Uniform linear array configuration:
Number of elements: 16
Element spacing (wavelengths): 0.5
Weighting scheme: uniform
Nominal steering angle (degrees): -60
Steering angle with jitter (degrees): -58.419
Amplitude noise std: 0.05
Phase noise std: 0.05

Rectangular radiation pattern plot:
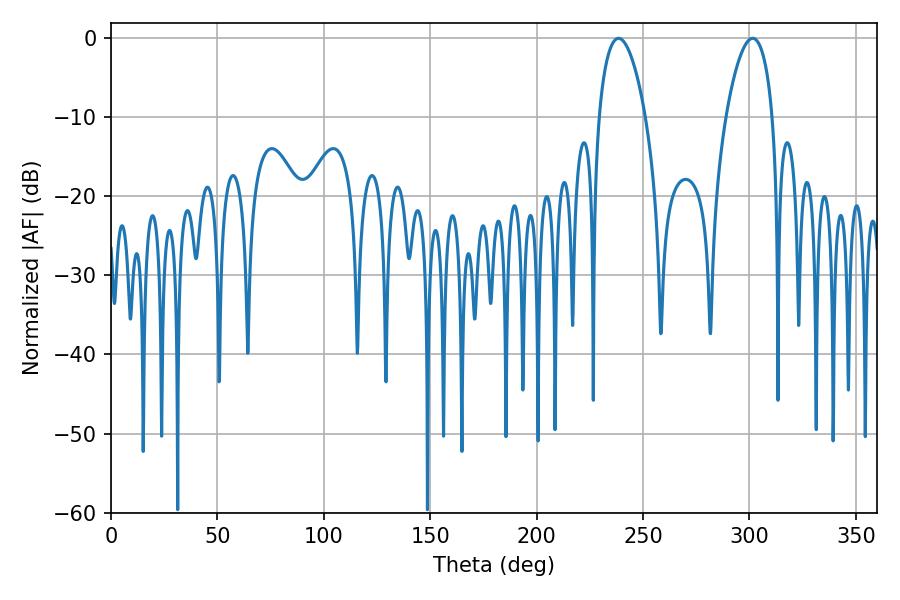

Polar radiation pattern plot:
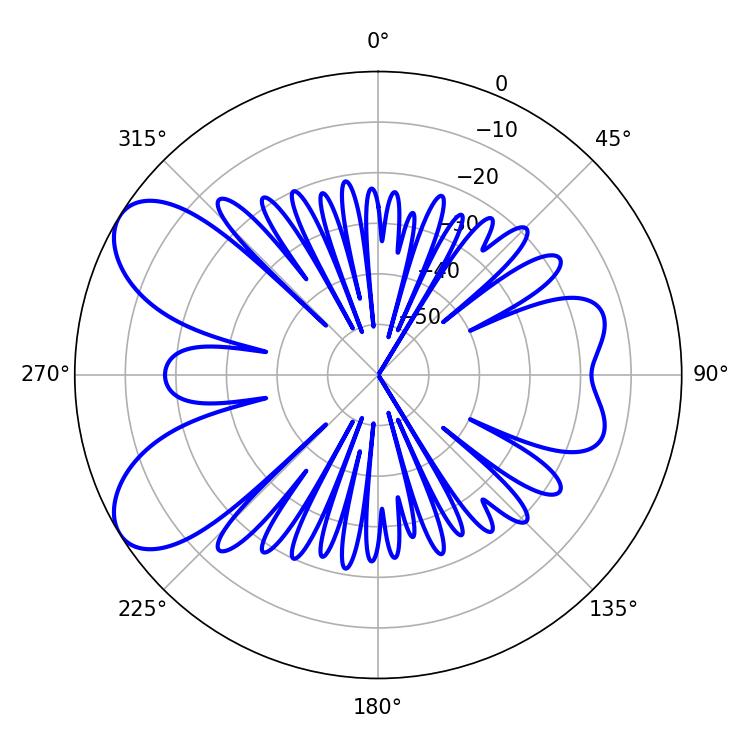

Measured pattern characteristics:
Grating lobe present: FALSE
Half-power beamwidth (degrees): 12.24
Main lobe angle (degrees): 238.5